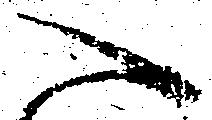
へ